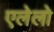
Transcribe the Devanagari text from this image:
एलेलो